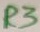
Text: R3